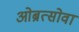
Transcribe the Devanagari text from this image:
ओब्रत्सोवा